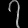
Digit: ၇